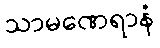
သာမဏေရာနံ